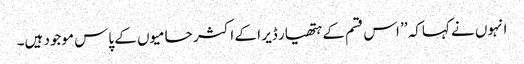
انہوں نے کہاکہ ’’ اس قسم کے ہتھیار ڈیر ا کے اکثر حامیوں کے پاس موجود ہیں۔